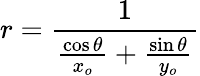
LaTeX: r={\frac{1}{{\frac{\cos\theta}{x_{o}}}+{\frac{\sin\theta}{y_{o}}}}}